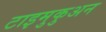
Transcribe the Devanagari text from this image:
टाइमुकुअन